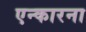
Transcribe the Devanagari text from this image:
एन्कारना